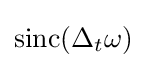
\operatorname {sinc} (\Delta _{t}\omega )